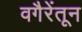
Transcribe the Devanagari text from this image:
वगैरेंतून